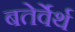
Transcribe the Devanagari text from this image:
बतेर्वेर्थ